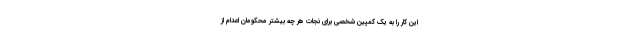
این کار را به یک کمپین شخصی برای نجات هر چه بیشتر محکومان اعدام از